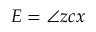
E = \angle z c x